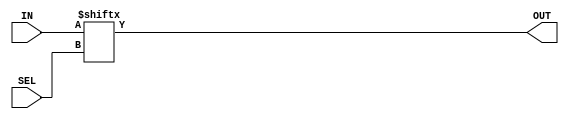
module MF_module (
  IN, OUT, SEL
);
input wire [3:0] IN;
input wire [1:0] SEL;
output reg OUT;

always @(IN or SEL) begin
  OUT = IN[SEL];
end

endmodule